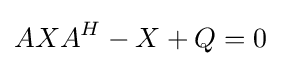
AXA^{H}-X+Q=0